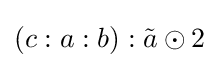
(c:a:b):{\tilde {a}}\odot 2